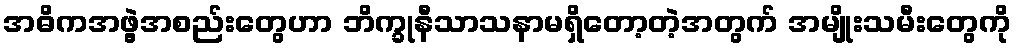
အဓိကအဖွဲ့အစည်းတွေဟာ ဘိက္ခုနီသာသနာမရှိတော့တဲ့အတွက် အမျိုးသမီးတွေကို